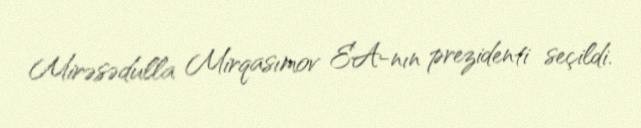
Mirəsədulla Mirqasımov EA-nın prezidenti seçildi.